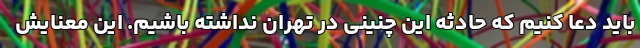
باید دعا کنیم که حادثه این چنینی در تهران نداشته باشیم. این معنایش